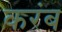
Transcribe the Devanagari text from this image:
करंब